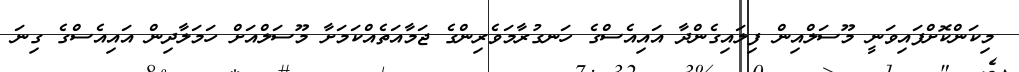
މިކަންކޮށްފައިވަނީ މޫސަލްއިން ފިލައިގެންދާ އައިއެސްގެ ހަނގުރާމަވެރިންގެ ޖަމާއަތެއްކަމަށާ މޫސަލްއަށް ހަމަލާދިން އައިއެސްގެ ގިނަ